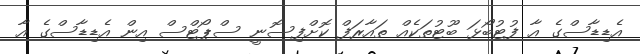
އެޑިޑާސްގެ އާ ފުޓުބޯޅަ ބޫޓުތަކެއް ތައާރަފް ކޮށްފިސޮނީ ސްޕޯޓްސް އިން އެޑިޑާސްގެ އާ